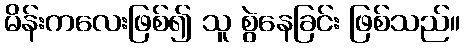
မိန်းကလေးဖြစ်၍ သူ စွဲနေခြင်း ဖြစ်သည်။